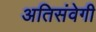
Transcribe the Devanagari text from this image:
अतिसंवेगी